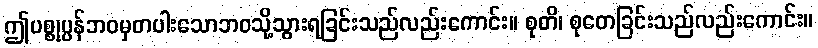
ဤပစ္စုပ္ပန်ဘဝမှတပါးသောဘဝသို့သွားရခြင်းသည်လည်းကောင်း။ စုတိ၊ စုတေခြင်းသည်လည်းကောင်း။